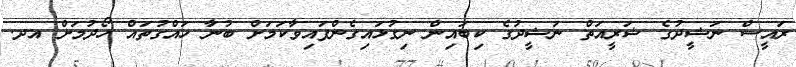
ރައީސް ނަޝީދުގެ ޝަރީއަތް ނަޝީދުގެ ކިބައިން ނިގުޅައިގެންފައިވާކަމަށް ބުނާ ހައްގުތައް ހޯދުމަށް އދ.